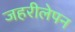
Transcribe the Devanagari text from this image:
जहरीलेपन